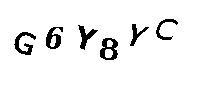
G6Y8YC